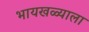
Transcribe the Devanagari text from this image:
भायखळ्याला